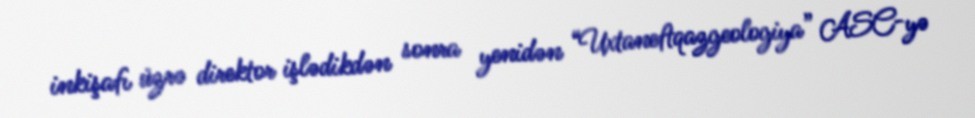
inkişafı üzrə direktor işlədikdən sonra yenidən “Uxtaneftqazgeologiya” ASC-yə